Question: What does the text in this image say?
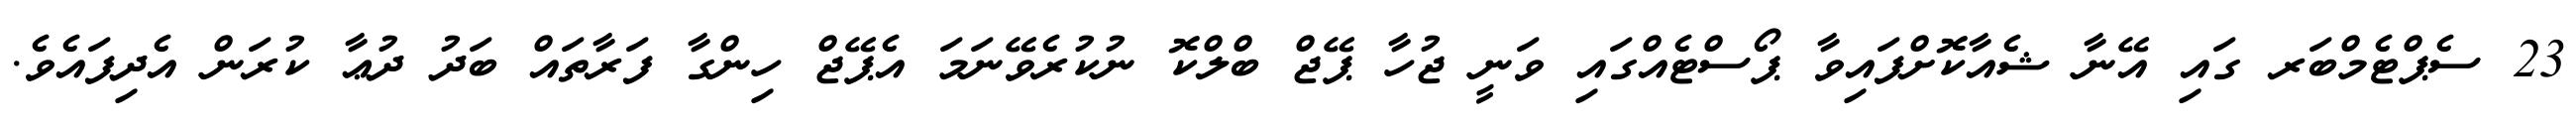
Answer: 23 ސެޕްޓެމްބަރ ގައި އޭނާ ޝެއާކޮށްފައިވާ ޕޯސްޓެއްގައި ވަނީ ޖުހާ ޕޭޖް ބްލްކޮ ނުކުރެވޭނަމަ އެޕޭޖް ހިންގާ ފަރާތައް ބަދު ދުޢާ ކުރަން އެދިފައެވެ.